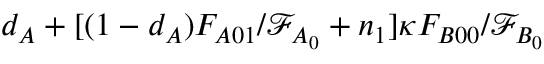
d _ { A } + [ ( 1 - d _ { A } ) F _ { A 0 1 } / \mathcal { F } _ { A _ { 0 } } + n _ { 1 } ] \kappa F _ { B 0 0 } / \mathcal { F } _ { B _ { 0 } }